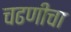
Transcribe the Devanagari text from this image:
चढणीचा